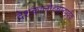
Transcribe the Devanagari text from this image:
देशकालोच्चारपूर्वक